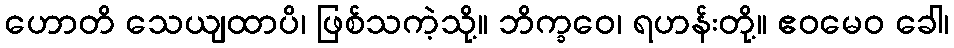
ဟောတိ သေယျထာပိ၊ ဖြစ်သကဲ့သို့။ ဘိက္ခဝေ၊ ရဟန်းတို့။ ဧဝမေဝ ခေါ၊